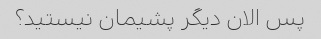
پس الان دیگر پشیمان نیستید؟